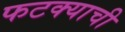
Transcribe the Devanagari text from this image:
फटक्याची